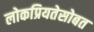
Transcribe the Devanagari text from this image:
लोकप्रियतेसोबत